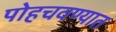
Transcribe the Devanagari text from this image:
पोहचवण्यात